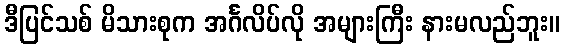
ဒီပြင်သစ် မိသားစုက အင်္ဂလိပ်လို အများကြီး နားမလည်ဘူး။